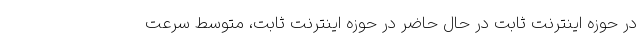
در حوزه اینترنت ثابت در حال حاضر در حوزه اینترنت ثابت، متوسط سرعت